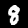
Digit: 8